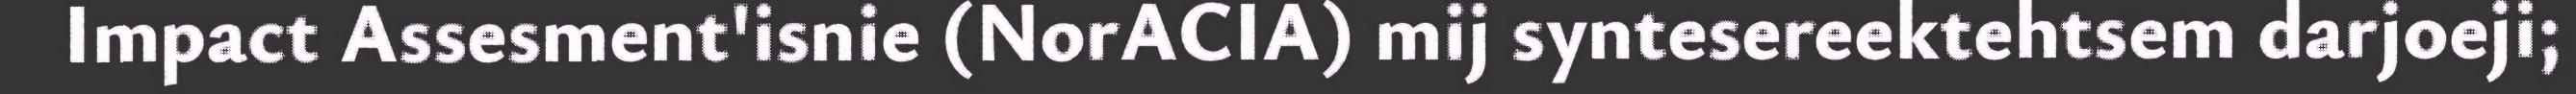
Impact Assesment'isnie (NorACIA) mij syntesereektehtsem darjoeji;